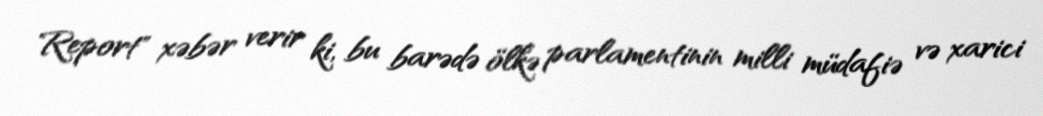
Report" xəbər verir ki, bu barədə ölkə parlamentinin milli müdafiə və xarici